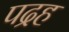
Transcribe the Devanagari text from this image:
पद्रह